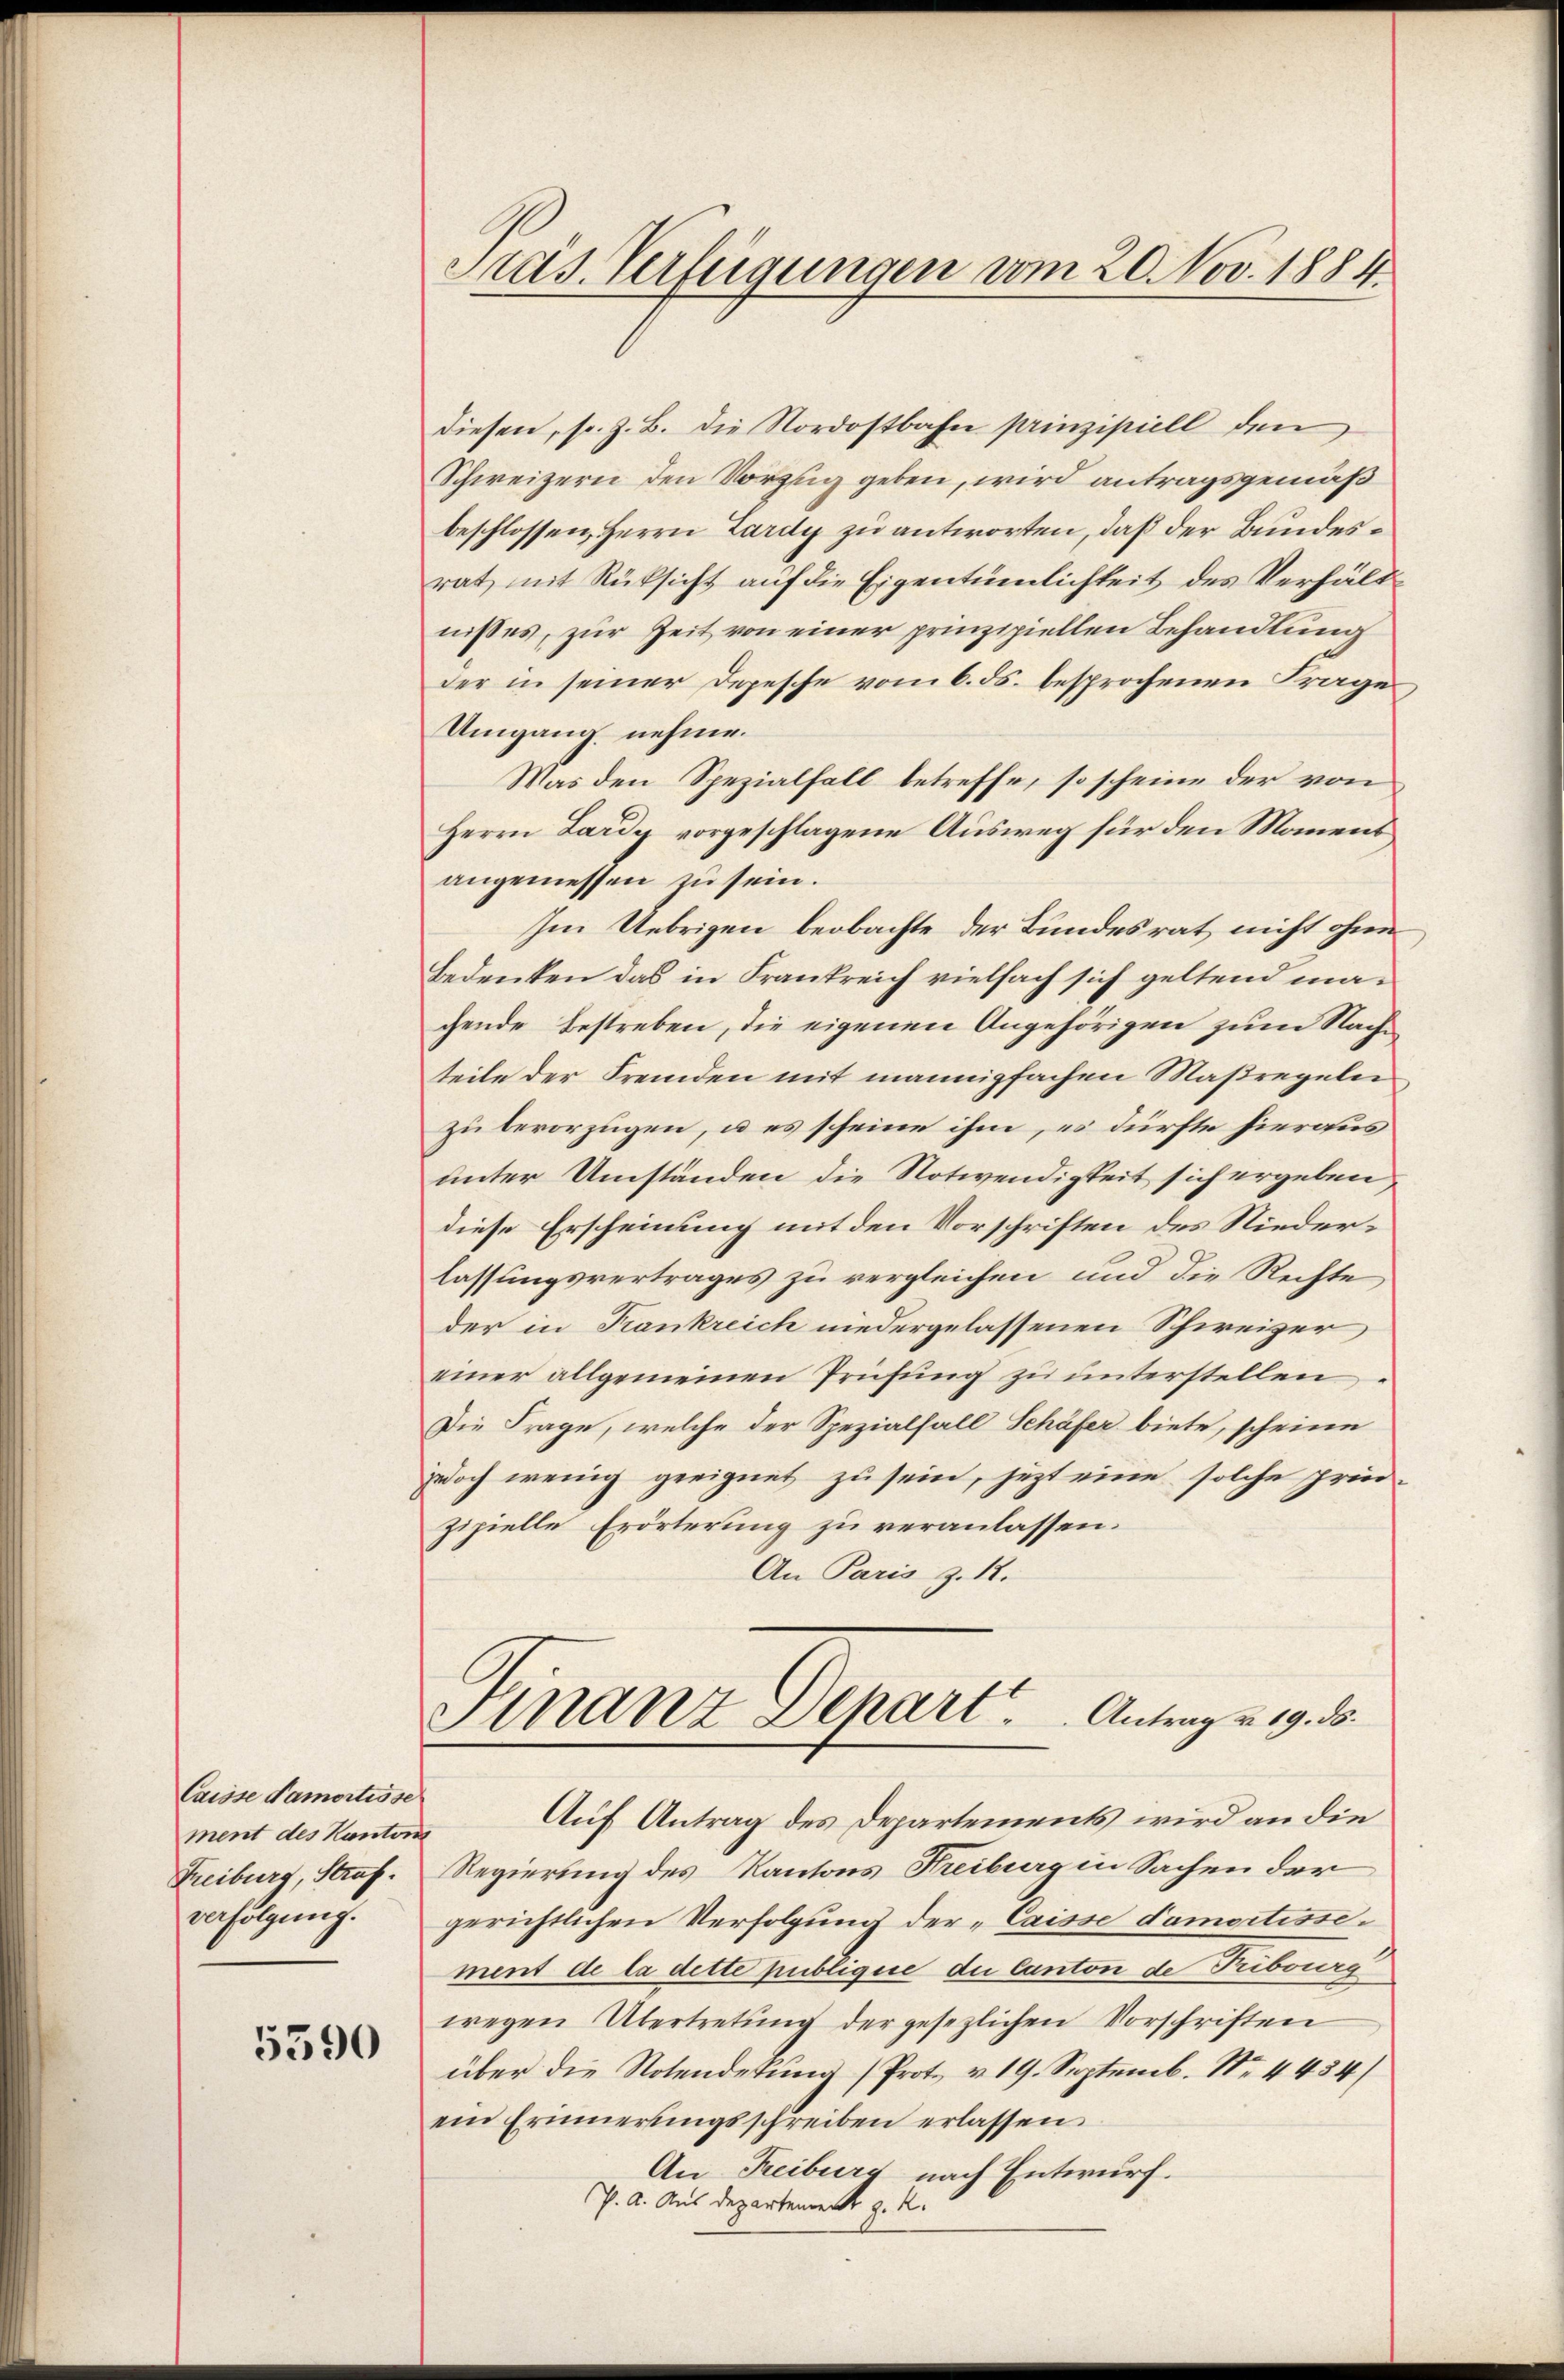
Caisse Samortisse
ment des Kantons
Treiburg, Straf.
verfolgung.

5590

Pras Verfügungen vom 20. Nov. 1884.

diesen, s. z. B. die Nordostbahn prinzipiell den
Schweizern den Vorzug geben, wird antragsgemäß
beschlossen, Herrn Lardy zu antworten, daß der Bundesrat, mit Rücksicht auf die Eigentümlichkeit des Verhältnisses, zur Zeit von einer prinzipiellen Behandlung
der in seiner Depesche vom 6. ds. besprochenen Frage
Umgang nehme.
Was den Spezialfall betreffe, so scheine der von
Herrn Lardy vorgeschlagene Ausweg für den Manensangemessen zu sein.
Im Uebrigen beobachte der Bundesrat nicht ohne
Bedenken das in Frankreich vielfach sich geltend machende Bestreben, die eigenen Angehörigen zum Nachen
teile der Fremden mit mannigfachen Maßregelei
zu bevorzügen, u es scheine ihm, es dürfte hieraus
unter Umständen die Notwendigkeit sich ergeben
diese Erscheinung mit den Vorschriften des Niederlassungsvertrages zu vergleichen und die Rechte,
der in Frankreich niedergelassenen Schweizer
einer allgemeinen Prüfung zu unterstellen
Die Frage, welche der Spezialfall Schäfer biete, scheine
jedoch wenig geeignet zu sein, jezt eine solche prüd-
zipielle Erörterung zu veranlassen.
An Paris z. 12.
Finanz Depart. Antrag v. 19. 85.
Auf Antrag des Departements wird an die
Regierung des Kantons Freiburg in Sachen der
gerichtlichen Verfolgung der „Caisse Samortisse.
ment de la dette publique du Canton de Tribourg
wegen Übertretung der gesezlichen Vorschriften
über die Notendekung (Prot. v. 19. Septemb. Nr. 4434/
ein Erinnerungsschreiben erlassen
An Reiburg nach Entwurf.
P. A. Aus Departement z. K.